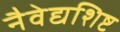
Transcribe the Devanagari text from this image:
नैवेद्यशिष्ट